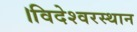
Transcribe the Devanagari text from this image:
।विदेश्वरस्थान